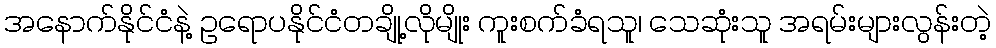
အနောက်နိုင်ငံနဲ့ ဥရောပနိုင်ငံတချို့လိုမျိုး ကူးစက်ခံရသူ၊ သေဆုံးသူ အရမ်းများလွန်းတဲ့